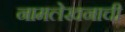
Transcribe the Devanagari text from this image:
नामलेखनाची